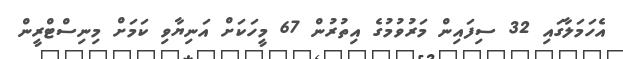
އެހަމަލާގައި 32 ސިފައިން މަރުވުމުގެ އިތުރުން 67 މީހަކަށް އަނިޔާވި ކަމަށް މިނިސްޓްރީން